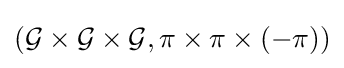
({\mathcal {G}}\times {\mathcal {G}}\times {\mathcal {G}},\pi \times \pi \times (-\pi ))